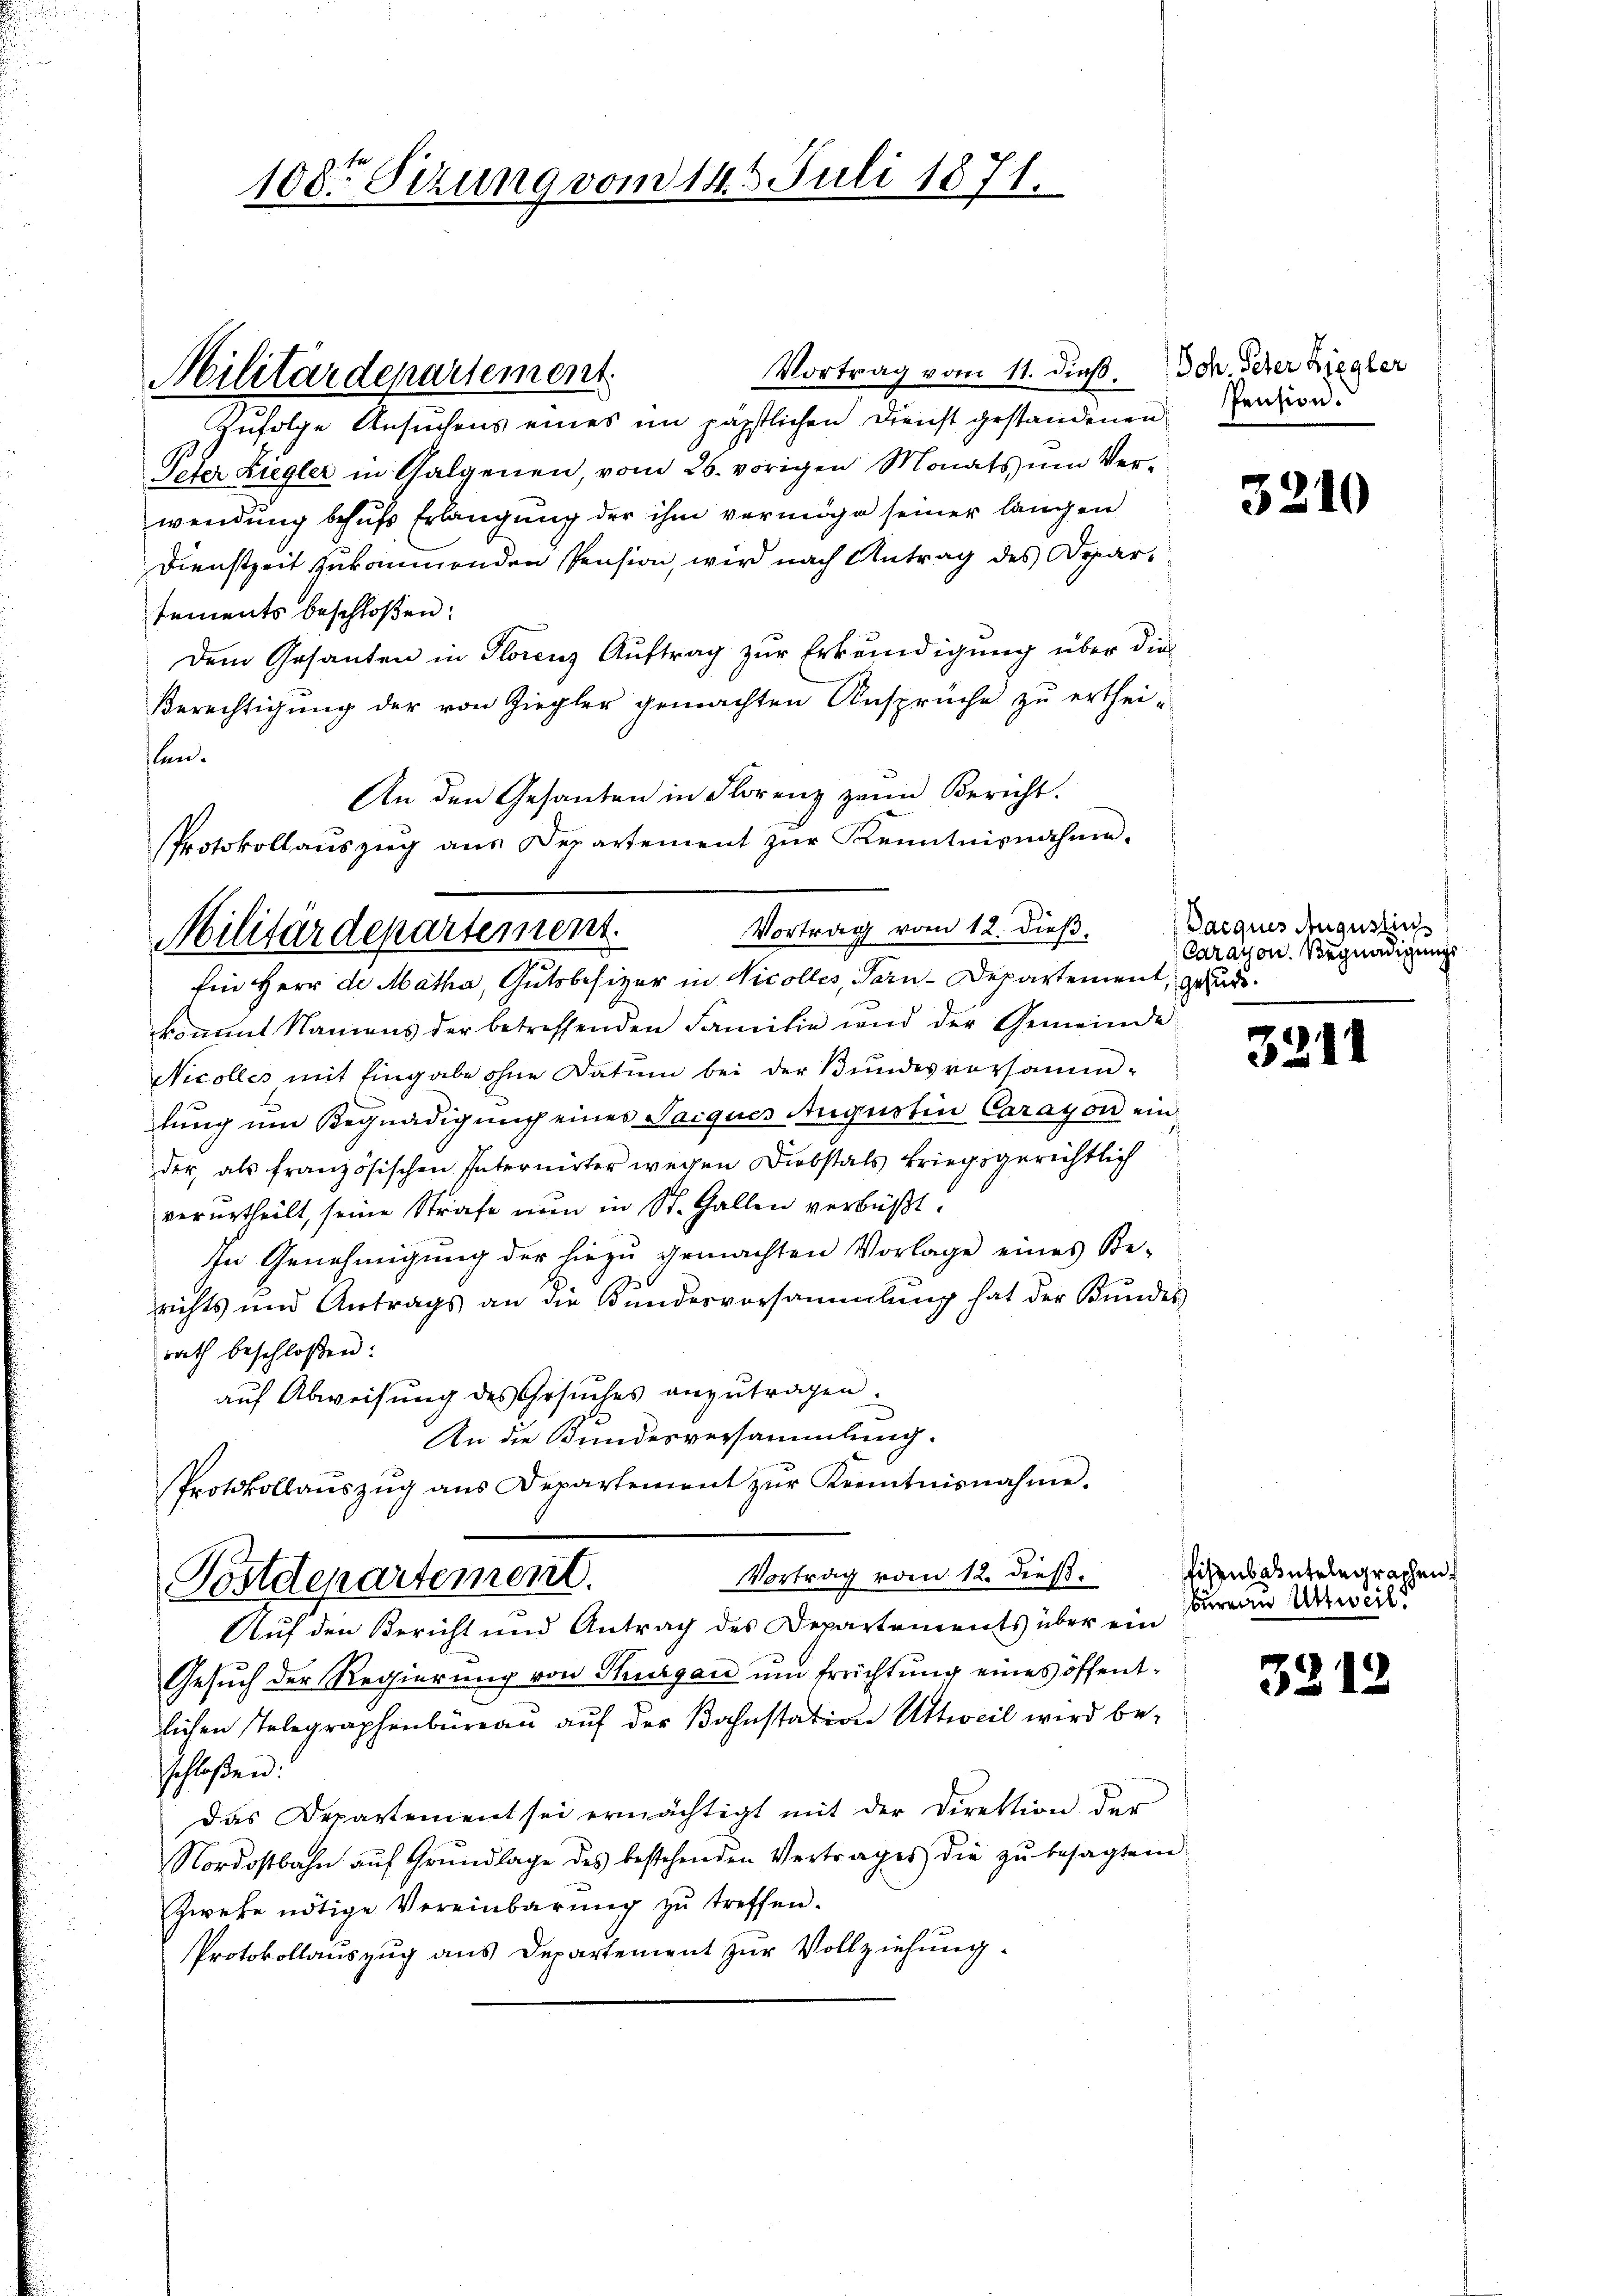
108ten Sizung vom 14. 3. Juli 1871.

Militärdepartement

Vortrag vom 11. dieß. Joh. Peter Ziegler
zufolge Ansuchens eines im päpstlichen Dienst gestandenen Pension:
Peter Liegler in Galgenen, vom 26. vorigen Monats um Verwendung behufs Erlangung der ihm vermöge seiner langen
Dienstzeit zukommenden Pension, wird nach Antrag des Departements beschloßen:
Dem Gesanten in Florenz Auftrag zur Erkundigung über die
Berechtigung der von Ziegler gemachten Ansprüche zu erthei-
len.
An den Gesanten in Florenz zum Bericht.
Ein Herr de Matha, Gutsbesizer in Nicolles, Tarn-Departement, geurkommt Namens der betreffenden Familie und der Gemeinde
Nicolles mit Eingabe ohne Datum bei der Bundesvorsammlung um Begnadigung eines Tacques Augustin Carayon einder, als französischen Internirter wegen Diebstals kriegsgerichtlich
verurtheilt, seine Strafe nun in St. Gallen verbüßt.
In Genehmigŭng der hiezŭ gemachten Vorlage eines Be-
richts und Antrags an die Bundesversammlung hat der Bundes
rath beschloßen:
auf Abweisung des Gesŭches anzutragen.
An die Bundesversammlung.
Protokollaŭszŭg ans Departement zŭr Kenntnisnahme.
Vortrag vom 12. dieß.
Postdepartement.
Auf den Bericht und Antrag des Departements über ein
Gesuch der Regierung von Thurgau um Errichtung eines öffentlichen Telegraphenbüreaŭ aŭf der Bahnstation Uttweil wird be-
schloßen:
Das Departement sei ermächtigt mit der Direktion der
Nordostbahn auf Grundlage des bestehenden Vertrages die zu besagtem
Zweke nötige Vereinbarŭng zŭ treffen.
Protokollauszug aus Departement zur Vollziehung.

Protokollaŭszŭg ans Departement zŭr Kenntnisnahme.
Militärdepartement.

Vortrag vom 12. dieß,

3210

Dacques Augusti
Carayon. Begnadigungs

3211

fisenbautelegraphen.
bureau Antweil.

32